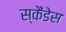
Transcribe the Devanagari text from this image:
स्कैंडेस